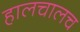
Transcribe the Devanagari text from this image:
हालचालच